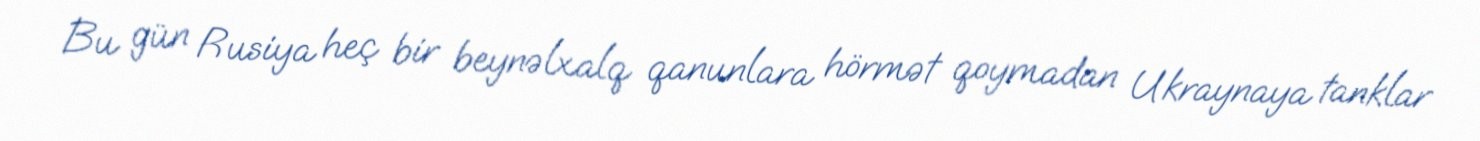
Bu gün Rusiya heç bir beynəlxalq qanunlara hörmət qoymadan Ukraynaya tanklar